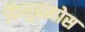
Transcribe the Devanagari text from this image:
दिप्युतादोस